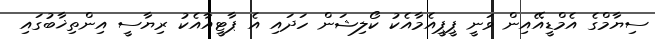
ސިޔާމްގެ އެމްޑީއޭއިން ވަނީ ޕީޕީއެމާއެކު ކޯލިޝަން ހަދައި އެ ޕާޓީއާއެކު ރިޔާސީ އިންތިޚާބުގައި